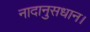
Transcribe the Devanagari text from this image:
नादानुसधान।